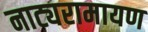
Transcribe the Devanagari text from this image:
नाट्यरामायण